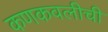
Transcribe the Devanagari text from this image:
कणकवलीची